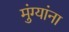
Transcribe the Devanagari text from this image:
मुंग्यांना